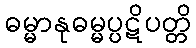
ဓမ္မာနုဓမ္မပ္ပဋိပတ္တိ